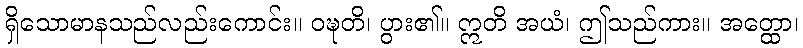
ရှိသောမာနသည်လည်းကောင်း။ ဝဍ္ဎတိ၊ ပွား၏။ ဣတိ အယံ၊ ဤသည်ကား။ အတ္ထော၊